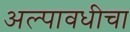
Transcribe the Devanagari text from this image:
अल्पावधीचा